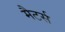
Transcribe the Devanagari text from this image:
मैटर्स